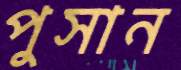
পুসান